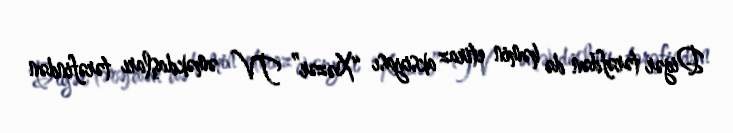
Digər tərəfdən də həmin etiraz aksiyası “Xəzər” TV əməkdaşları tərəfindən